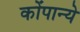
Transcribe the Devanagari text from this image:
कोंपान्ये